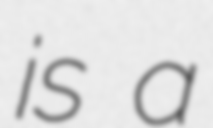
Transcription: is a